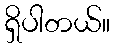
ရှိပါတယ်။